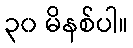
၃၀ မိနစ်ပါ။